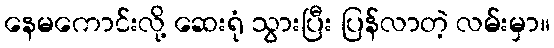
နေမကောင်းလို့ ဆေးရုံ သွားပြီး ပြန်လာတဲ့ လမ်းမှာ။